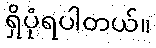
ရှိပုံရပါတယ်။